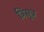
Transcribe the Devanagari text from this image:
त्रिसूत्र